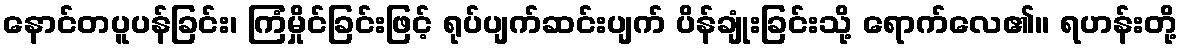
နောင်တပူပန်ခြင်း၊ ကြံမှိုင်ခြင်းဖြင့် ရုပ်ပျက်ဆင်းပျက် ပိန်ချုံးခြင်းသို့ ရောက်လေ၏။ ရဟန်းတို့